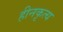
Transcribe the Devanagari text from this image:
हीनकृत्य